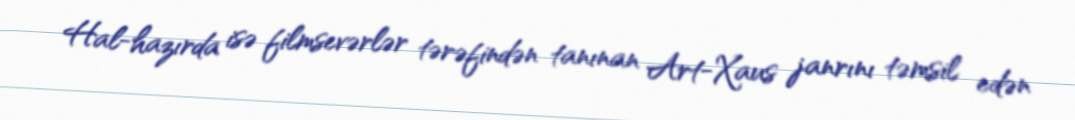
Hal-hazırda isə filmsevərlər tərəfindən tanınan Art-Xaus janrını təmsil edən